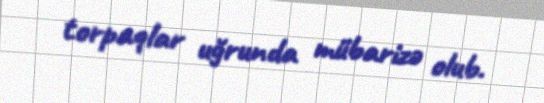
torpaqlar uğrunda mübarizə olub.